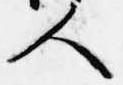
人